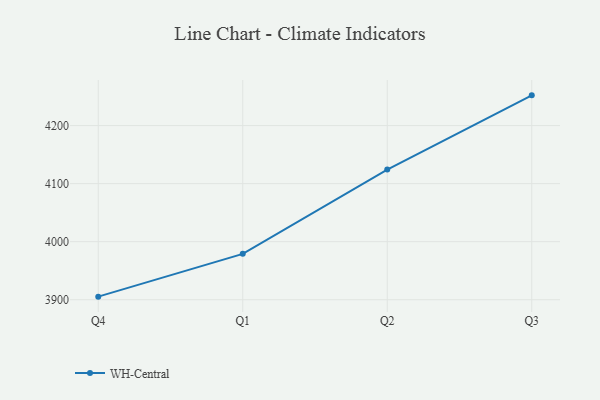
{"axis": {"x": "Quarter", "y": "Waste Production (Tons)"}, "legend": ["WH-Central"], "data": [{"x": "Q4", "y": 3905.3, "type": "WH-Central"}, {"x": "Q1", "y": 3979.0, "type": "WH-Central"}, {"x": "Q2", "y": 4124.3, "type": "WH-Central"}, {"x": "Q3", "y": 4252.1, "type": "WH-Central"}]}